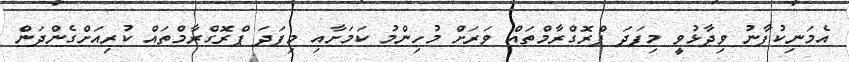
އެމަނިކުފާނު ވިދާޅުވީ މިފަދަ ޕްރޮގްރާމްތައް ވަރަށް މުހިންމު ކަމަށާއި މިފަދަ ޕްރޮގްރާމްތައް ކުރިއަށްގެންދަން